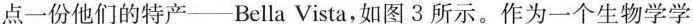
点一份他们的特产——Bella Vista，如图3所示。作为一个生物学学